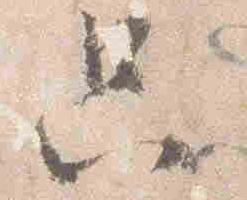
只